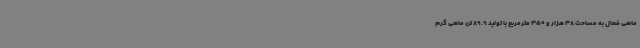
ماهی فعال به مساحت 38 هزار و 350 مترمربع با تولید 89.9 تن ماهی گرم